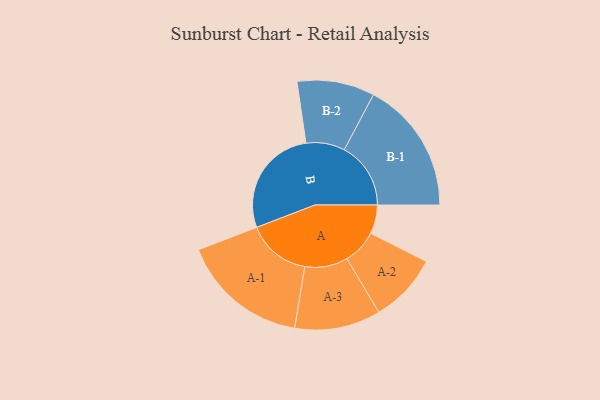
{"axis": {"x": "Segment", "y": "Value"}, "legend": ["", "A", "B"], "data": [{"x": "A", "y": 130, "type": ""}, {"x": "B", "y": 496, "type": ""}, {"x": "A-1", "y": 288, "type": "A"}, {"x": "A-2", "y": 156, "type": "A"}, {"x": "A-3", "y": 194, "type": "A"}, {"x": "B-1", "y": 300, "type": "B"}, {"x": "B-2", "y": 175, "type": "B"}]}